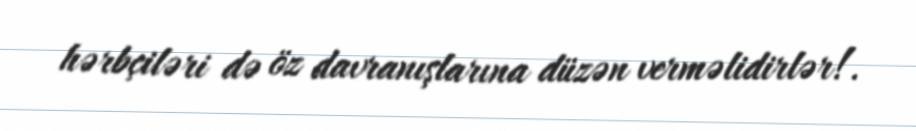
hərbçiləri də öz davranışlarına düzən verməlidirlər!.